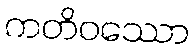
ကတိဝဿော